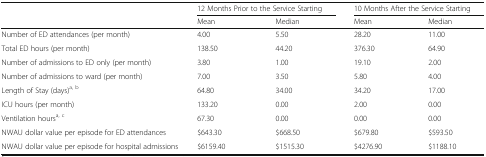
<table><thead><tr><td></td><td colspan="2"><b>12 Months Prior to the Service Starting</b></td><td colspan="2"><b>10 Months After the Service Starting</b></td></tr><tr><td></td><td><b>Mean</b></td><td><b>Median</b></td><td><b>Mean</b></td><td><b>Median</b></td></tr></thead><tbody><tr><td>Number of ED attendances (per month)</td><td>4.00</td><td>5.50</td><td>28.20</td><td>11.00</td></tr><tr><td>Total ED hours (per month)</td><td>138.50</td><td>44.20</td><td>376.30</td><td>64.90</td></tr><tr><td>Number of admissions to ED only (per month)</td><td>3.80</td><td>1.00</td><td>19.10</td><td>2.00</td></tr><tr><td>Number of admissions to ward (per month)</td><td>7.00</td><td>3.50</td><td>5.80</td><td>4.00</td></tr><tr><td>Length of Stay (days)<sup>a, b</sup></td><td>64.80</td><td>34.00</td><td>34.20</td><td>17.00</td></tr><tr><td>ICU hours (per month)</td><td>133.20</td><td>0.00</td><td>2.00</td><td>0.00</td></tr><tr><td>Ventilation hours<sup>a, c</sup></td><td>67.30</td><td>0.00</td><td>0.00</td><td>0.00</td></tr><tr><td>NWAU dollar value per episode for ED attendances</td><td>$643.30</td><td>$668.50</td><td>$679.80</td><td>$593.50</td></tr><tr><td>NWAU dollar value per episode for hospital admissions</td><td>$6159.40</td><td>$1515.30</td><td>$4276.90</td><td>$1188.10</td></tr></tbody></table>